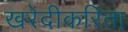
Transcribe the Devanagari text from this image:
खरेदीकरिता